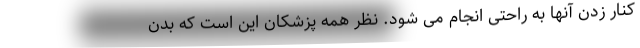
کنار زدن آنها به راحتی انجام می شود. نظر همه پزشكان این است که بدن